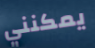
يمكنني